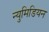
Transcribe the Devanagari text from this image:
न्युमिडियन